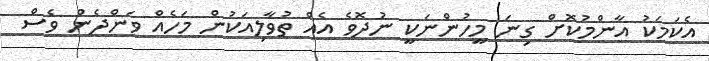
އެކަމަކު އާންމުކޮށް ގިނަ މީހުންނަކީ ނުދޮވެ އެއް ތުވާލިއަކުން މަހެއް ވަންދެން ވެސް